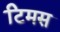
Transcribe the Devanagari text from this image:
टिमस